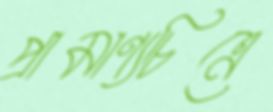
প্রামাণ্যচিত্রে